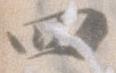
四